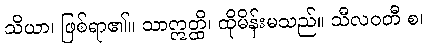
သိယာ၊ ဖြစ်ရာ၏။ သာဣတ္ထိ၊ ထိုမိန်းမသည်။ သီလဝတီ စ၊